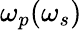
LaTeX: \omega_{p}(\omega_{s})